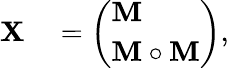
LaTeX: \begin{array}{rl}{{\mathbf X}}&{{}=\left(\begin{array}{l}{{\mathbf M}}\\ {{\mathbf M}\circ{\mathbf M}}\end{array}\right),}\end{array}